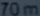
70m